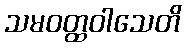
သမဝတ္ထဝါသေတိ